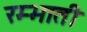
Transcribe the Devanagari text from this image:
रम्भाती